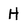
Character: H